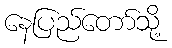
နေပြည်တော်သို့